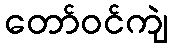
တော်ဝင်ကျဲ